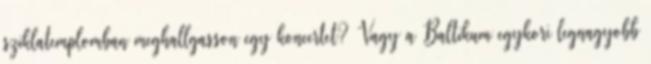
sziklatemplomban meghallgasson egy koncertet? Vagy a Baltikum egykori legnagyobb